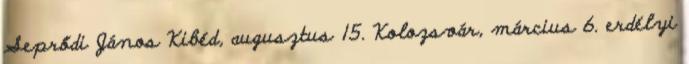
Seprődi János Kibéd, augusztus 15. Kolozsvár, március 6. erdélyi